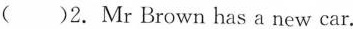
( )2. Mr Brown has a new car.